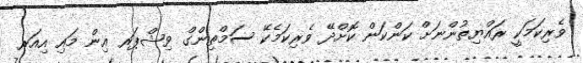
ވެރިކަމަކީ ރައްޔިތުންނަށް ކަންކަން ކޮށްދޭ ވެރިކަމެކޭ ސަމްތިންގް ވިޝްޕަރ އިން މައި އިއަރ